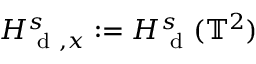
H _ { \mathrm { ~ d ~ } , x } ^ { s } : = H _ { \mathrm { ~ d ~ } } ^ { s } ( \mathbb { T } ^ { 2 } )